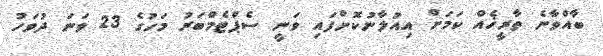
ބާއްވާނެ ތާރީޚެއް ކަމަށް އިއުލާނުކޮށްފައި ވަނީ ސެޕްޓެމްބަރު މަހުގެ 23 ވަނަ ދުވަހު